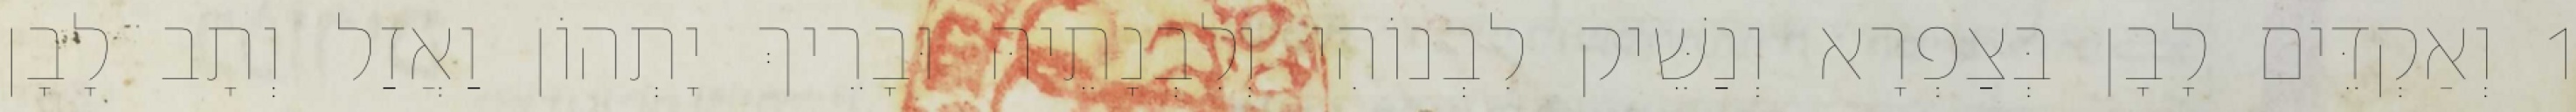
1 וְאַקְדֵּים לָבָן בְּצַפְרָא וְנַשֵּׁיק לִבְנוֹהִי וְלִבְנָתֵיהּ וּבָרֵיךְ יָתְהוֹן וַאֲזַל וְתָב לָבָן